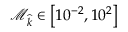
\mathcal { M } _ { \widehat { k } } \in \left[ 1 0 ^ { - 2 } , 1 0 ^ { 2 } \right]